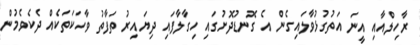
ރާހިލްއާއި އީނަ އަތުގުޅުވާލައިގެން އެ ގޮނޑުދޮށުގައި ހިގާލާފައި ދިޔައިރު ތަފާތު ވާހަކަތަކެއް ދެކެވެމުން